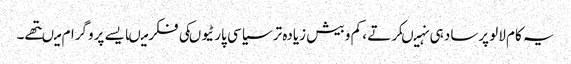
یہ کام لالو پرساد ہی نہیںکرتے ، کم و بیش زیادہ تر سیاسی پارٹیوںکی فکر میںایسے پروگرام میںتھے۔